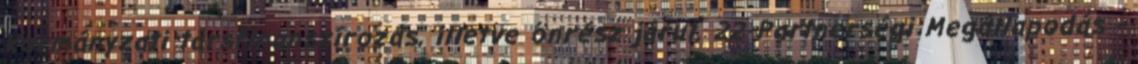
kormányzati társfinanszírozás, illetve önrész járul. 22 Partnerségi Megállapodás -